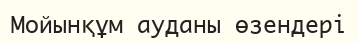
Мойынқұм ауданы өзендері